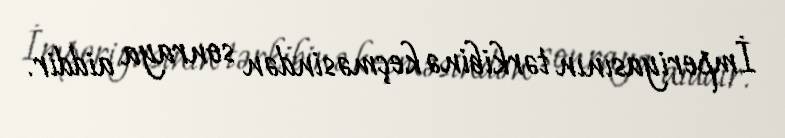
İmperiyasının tərkibinə keçməsindən sonraya aiddir.